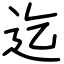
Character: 迄